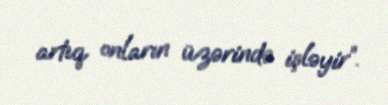
artıq onların üzərində işləyir”.